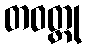
တဝတ္ထု